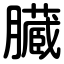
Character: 臓